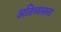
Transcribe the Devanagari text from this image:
अतिव्यस्तता